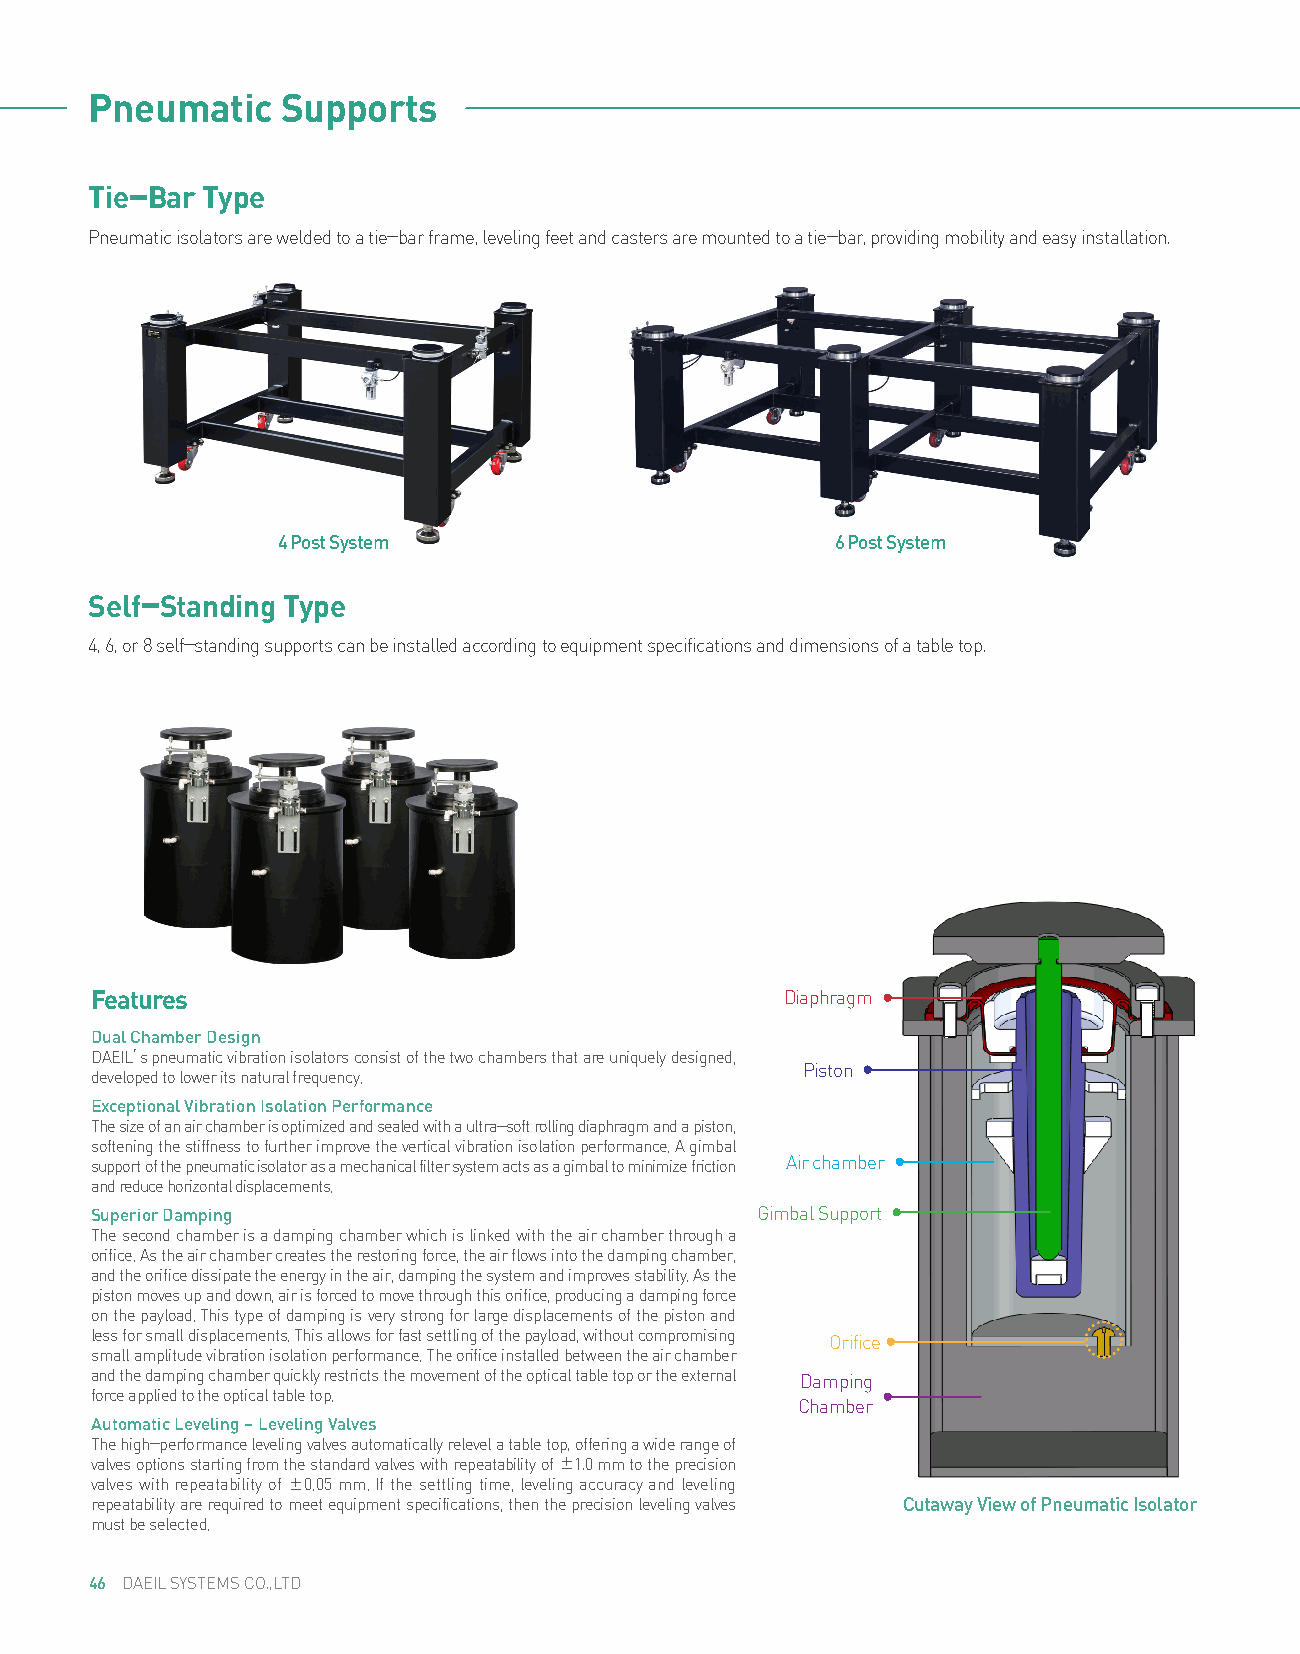
s
 Pneumatic    Supports
 Tie-Bar Type
 Pneumatic isolators are welded to a tie-bar frame, leveling feet and casters are mounted to a tie-bar, providing mobility and easy installation.
 4 Post System                        6 Post System
 Self-Standing Type
 4, 6, or 8 self-standing supports can be installed according to equipment specifications and dimensions of a table top.
 Features                                      Diaphragm
 Dual Chamber Design
 DAEIL’s pneumatic vibration isolators consist of the two chambers that are uniquely designed,
 Piston
 developed to lower its natural frequency.
 Exceptional Vibration Isolation Performance
 The size of an air chamber is optimized and sealed with a ultra-soft rolling diaphragm and a piston,
 softening the stiffness to further improve the vertical vibration isolation performance. A gimbal
 support of the pneumatic isolator as a mechanical filter system acts as a gimbal to minimize friction Air chamber
 and reduce horizontal displacements.
 Superior Damping                            Gimbal Support
 The second chamber is a damping chamber which is linked with the air chamber through a
 orifice. As the air chamber creates the restoring force, the air flows into the damping chamber,
 and the orifice dissipate the energy in the air, damping the system and improves stability. As the
 piston moves up and down, air is forced to move through this orifice, producing a damping force
 on the payload. This type of damping is very strong for large displacements of the piston and
 less for small displacements. This allows for fast settling of the payload, without compromising Orifice
 small amplitude vibration isolation performance. The orifice installed between the air chamber
 and the damping chamber quickly restricts the movement of the optical table top or the external Damping
 force applied to the optical table top.
 Chamber
 Automatic Leveling – Leveling Valves
 The high-performance leveling valves automatically relevel a table top, offering a wide range of
 valves options starting from the standard valves with repeatability of ±1.0 mm to the precision
 valves with repeatability of ±0.05 mm. If the settling time, leveling accuracy and leveling
 repeatability are required to meet equipment specifications, then the precision leveling valves Cutaway View of Pneumatic Isolator
 must be selected.
 46 DAEIL SYSTEMS CO.,LTD